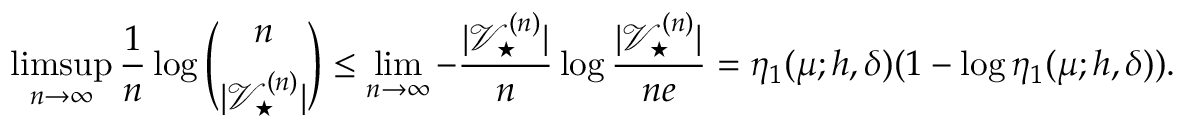
\operatorname* { l i m s u p } _ { n \rightarrow \infty } \frac { 1 } { n } \log \binom { n } { | \mathcal { V } _ { \star } ^ { ( n ) } | } \leq \operatorname* { l i m } _ { n \rightarrow \infty } - \frac { | \mathcal { V } _ { \star } ^ { ( n ) } | } { n } \log \frac { | \mathcal { V } _ { \star } ^ { ( n ) } | } { n e } = \eta _ { 1 } ( \mu ; h , \delta ) ( 1 - \log \eta _ { 1 } ( \mu ; h , \delta ) ) .